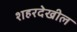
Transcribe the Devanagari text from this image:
शहरदेखील